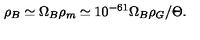
\rho _ { B } \simeq \Omega _ { B } \rho _ { m } \simeq 1 0 ^ { - 6 1 } \Omega _ { B } \rho _ { G } / \Theta .